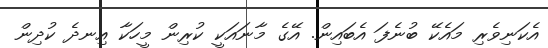
އެކަނިވެރި މައެކޭ ބުނެފަ އެބައިން. އޭގެ މާނައަކީ ކުރިން މީހަކާ އިނދެ ކުދިން